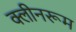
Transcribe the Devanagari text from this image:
क्लीनरूम